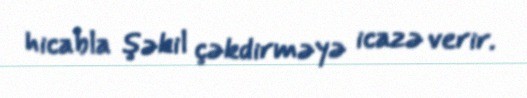
hicabla şəkil çəkdirməyə icazə verir.